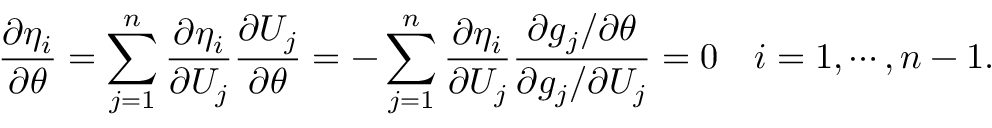
\frac { \partial \eta _ { i } } { \partial \theta } = \sum _ { j = 1 } ^ { n } \frac { \partial \eta _ { i } } { \partial U _ { j } } \frac { \partial U _ { j } } { \partial \theta } = - \sum _ { j = 1 } ^ { n } \frac { \partial \eta _ { i } } { \partial U _ { j } } \frac { \partial g _ { j } / \partial \theta } { \partial g _ { j } / \partial U _ { j } } = 0 \quad i = 1 , \cdots , n - 1 .